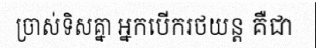
ច្រាស់ទិសគ្នា អ្នកបើករថយន្ត គឺជា